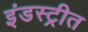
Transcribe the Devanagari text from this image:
इंडस्ट्रीत